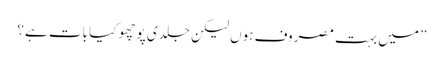
” میں بہت مصروف ہوں لیکن جلدی پوچھو کیا بات ہے؟